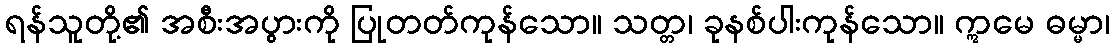
ရန်သူတို့၏ အစီးအပွားကို ပြုတတ်ကုန်သော။ သတ္တ၊ ခုနစ်ပါးကုန်သော။ ဣမေ ဓမ္မာ၊